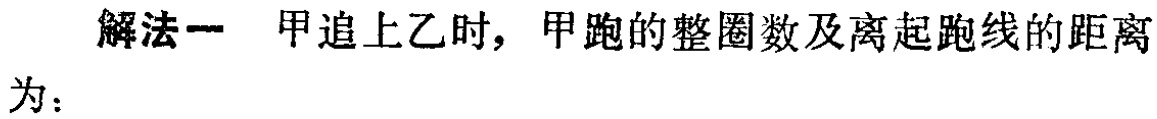
解法一 甲追上乙时，甲跑的整圈数及离起跑线的距离为：